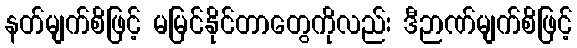
နတ်မျက်စိဖြင့် မမြင်နိုင်တာတွေကိုလည်း ဒီဉာဏ်မျက်စိဖြင့်